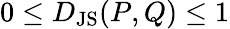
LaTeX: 0\leq D_{\mathrm{JS}}(P,Q)\leq 1